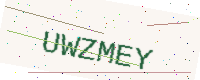
Text: UWZMEY